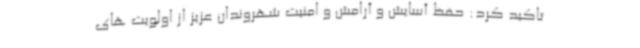
تاکید کرد: حفظ آسایش و آرامش و امنیت شهروندان عزیز از اولویت های